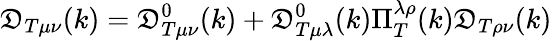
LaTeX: \mathfrak{D}_{T\mu\nu}(k)=\mathfrak{D}_{T\mu\nu}^{0}(k)+\mathfrak{D}_{T\mu\lambda}^{0}(k)\Pi_{T}^{\lambda\rho}(k)\mathfrak{D}_{T\rho\nu}(k)